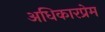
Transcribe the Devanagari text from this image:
अधिकारप्रेम